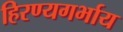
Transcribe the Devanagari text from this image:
हिरण्यगर्भाय